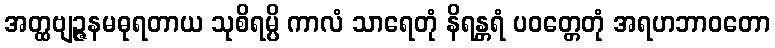
အတ္ထဗျဉ္ဇနမဓုရတာယ သုစိရမ္ပိ ကာလံ သာရေတုံ နိရန္တရံ ပဝတ္တေတုံ အရဟဘာဝတော